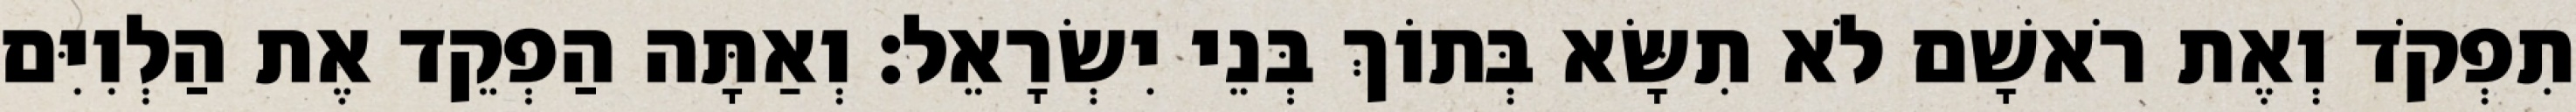
תִפְקֹד וְאֶת רֹאשָׁם לֹא תִשָּׂא בְּתוֹךְ בְּנֵי יִשְׂרָאֵל׃ וְאַתָּה הַפְקֵד אֶת הַלְוִיִּם